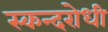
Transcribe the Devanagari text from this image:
स्कन्दरोधी